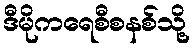
ဒီမိုကရေစီစနစ်သို့